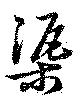
渠